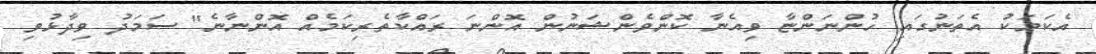
އެކަމަކު އެތަނުގައި ހުންނަންޏާ ވިއެނާ ކޮންވެންޝަނުން އޮންނަ ރައްކާތެރިކަމެއް އޮންނާނެ" ސަމަދު ވިދާޅުވި